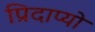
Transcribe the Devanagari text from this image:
प्रिदाप्यो